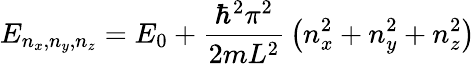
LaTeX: E_{n_{x},n_{y},n_{z}}=E_{0}+{\frac{\hbar^{2}\pi^{2}}{2mL^{2}}}\left(n_{x}^{2}+n_{y}^{2}+n_{z}^{2}\right)